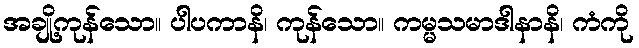
အချို့ကုန်သော။ ပါပကာနိ၊ ကုန်သော။ ကမ္မသမာဒါနာနိ၊ ကံကို